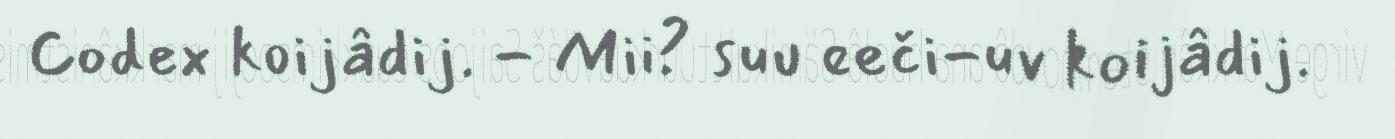
Codex koijâdij. - Mii? suu eeči-uv koijâdij.